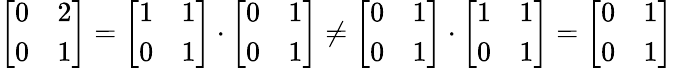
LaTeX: {\left[\begin{array}{ll}{0}&{2}\\ {0}&{1}\end{array}\right]}={\left[\begin{array}{ll}{1}&{1}\\ {0}&{1}\end{array}\right]}\cdot{\left[\begin{array}{ll}{0}&{1}\\ {0}&{1}\end{array}\right]}\neq{\left[\begin{array}{ll}{0}&{1}\\ {0}&{1}\end{array}\right]}\cdot{\left[\begin{array}{ll}{1}&{1}\\ {0}&{1}\end{array}\right]}={\left[\begin{array}{ll}{0}&{1}\\ {0}&{1}\end{array}\right]}